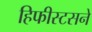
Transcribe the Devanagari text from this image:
हिफीस्टसने